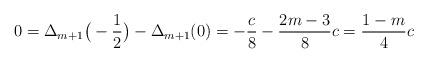
LaTeX: \begin{align*}0 &= \Delta_{m+1}\big(-\frac{1}{2} \big) - \Delta_{m+1}(0) = -\frac{c}{8} - \frac{2m-3}{8}c = \frac{1-m}{4} c\end{align*}